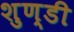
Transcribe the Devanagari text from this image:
शुण्डी